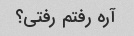
آره رفتم رفتی؟